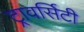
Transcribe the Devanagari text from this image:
ट्रावर्सिटी